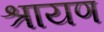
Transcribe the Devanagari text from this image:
श्रायण